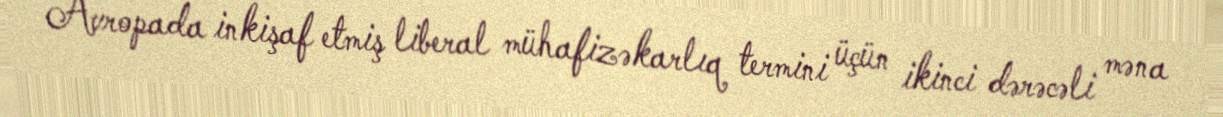
Avropada inkişaf etmiş liberal mühafizəkarlıq termini üçün ikinci dərəcəli məna